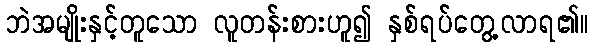
ဘဲအမျိုးနှင့်တူသော လူတန်းစားဟူ၍ နှစ်ရပ်တွေ့လာရ၏။